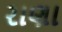
રાણા